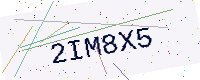
Text: 2IM8X5